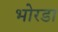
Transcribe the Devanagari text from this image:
भोरडा